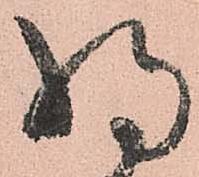
将